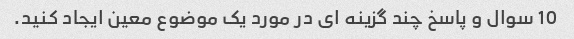
10 سوال و پاسخ چند گزینه ای در مورد یک موضوع معین ایجاد کنید.